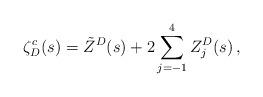
LaTeX: \begin{align*}\zeta_D^c(s) = \tilde Z^D(s) + 2\sum_{j=-1}^{4}Z_j^D(s)\,{,}\end{align*}